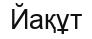
Йақұт